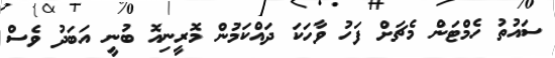
ސައުތު ހެމްޓަން މެޗަށް ފަހު ވާހަކަ ދައްކަމުން މޮރީނިއޮ ބުނީ އަބަދު ވެސް